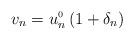
LaTeX: \begin{align*}v_{n}=u^{{\scriptscriptstyle 0}}_{n}\,(1+\delta_{n})\end{align*}